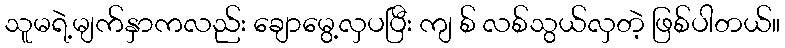
သူမရဲ့မျက်နှာကလည်း ချောမွေ့လှပပြီး ကျ စ် လစ်သွယ်လှတဲ့ ဖြစ်ပါတယ်။